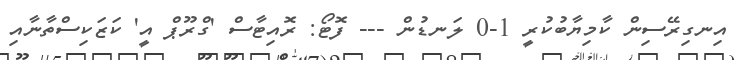
އިނގިރޭސިން ކާމިޔާބުކުރީ 1-0 ލަނޑުން --- ފޮޓޯ: ރޮއިޓާސް 'ގްރޫޕް އީ' ކަޒަކިސްތާނާއި